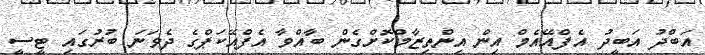
އަބްދު އަބީދު އެފްއޭއެމް އިން އިންތިޒާމްކޮށްގެން ބާއްވާ އެފްއޭކަޕްގެ ދެވަނަ ބުރުގައި ޓީސީ